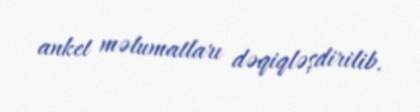
anket məlumatları dəqiqləşdirilib.